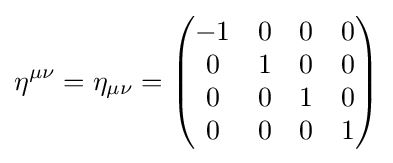
\eta ^{\mu \nu }=\eta _{\mu \nu }={\begin{pmatrix}-1&0&0&0\\0&1&0&0\\0&0&1&0\\0&0&0&1\end{pmatrix}}